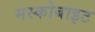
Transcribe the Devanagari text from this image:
मस्कोबाइट